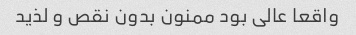
واقعا عالی بود ممنون بدون نقص و لذید